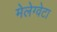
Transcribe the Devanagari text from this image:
मेलेग्वेटा